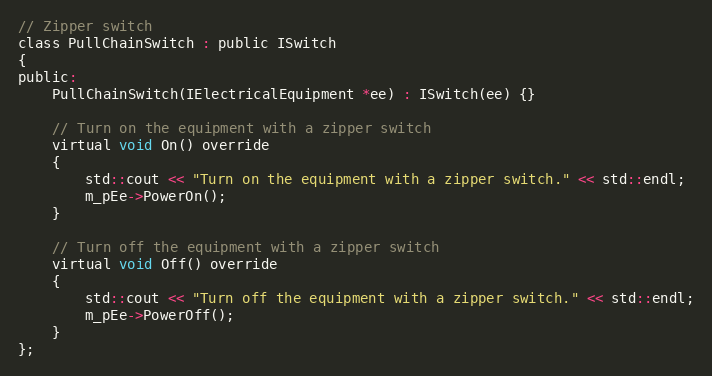
Language: C
// Zipper switch
class PullChainSwitch : public ISwitch
{
public:
    PullChainSwitch(IElectricalEquipment *ee) : ISwitch(ee) {}

    // Turn on the equipment with a zipper switch
    virtual void On() override
    {
        std::cout << "Turn on the equipment with a zipper switch." << std::endl;
        m_pEe->PowerOn();
    }

    // Turn off the equipment with a zipper switch
    virtual void Off() override
    {
        std::cout << "Turn off the equipment with a zipper switch." << std::endl;
        m_pEe->PowerOff();
    }
};